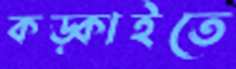
কড়্‌কাইতে